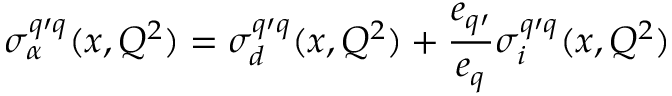
\sigma _ { \alpha } ^ { q \prime q } ( x , Q ^ { 2 } ) = \sigma _ { d } ^ { q \prime q } ( x , Q ^ { 2 } ) + \frac { e _ { q \prime } } { e _ { q } } \sigma _ { i } ^ { q \prime q } ( x , Q ^ { 2 } )